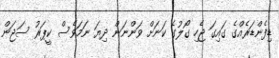
ޑިފެންޑަރެއްގެ ގައިގަ ޖެހި ގޯލުގެ ކަނަށް ވަންނަން ދިޔަ ނަމަވެސް ކީޕަރު ސަޖަން